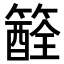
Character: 𥵏